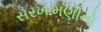
સરખામણીનો